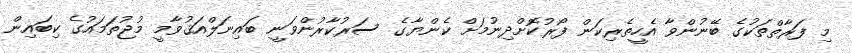
މި ފަރާތްތަކުގެ ބޭނުންވާ އެހީތެރިކަން ފޯރުކޮށްދިނުމަށް ކެންޔާގެ ސަރުކާރުންވަނީ ބައިނަލްއަޤުވާމީ މުޖުތަމައުގެ ކިބައިން